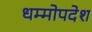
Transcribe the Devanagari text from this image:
धम्मोपदेश